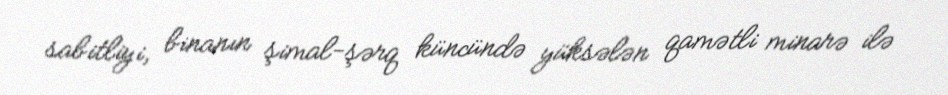
sabitliyi, binanın şimal-şərq küncündə yüksələn qamətli minarə ilə